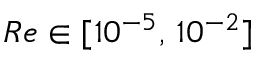
R e \in [ 1 0 ^ { - 5 } , \, 1 0 ^ { - 2 } ]